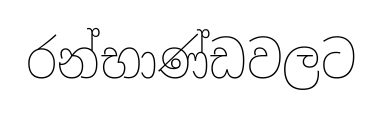
රන්භාණ්ඩවලට